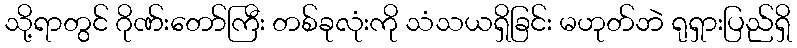
သို့ရာတွင် ဂိုဏ်းတော်ကြီး တစ်ခုလုံးကို သံသယရှိခြင်း မဟုတ်ဘဲ ရုရှားပြည်ရှိ